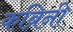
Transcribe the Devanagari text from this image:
कब्रिनी